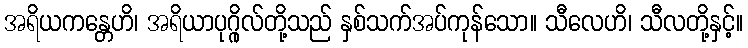
အရိယကန္တေဟိ၊ အရိယာပုဂ္ဂိုလ်တို့သည် နှစ်သက်အပ်ကုန်သော။ သီလေဟိ၊ သီလတို့နှင့်။